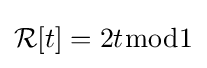
{\mathcal {R}}[t]=2t{\bmod {1}}